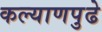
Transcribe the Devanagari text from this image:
कल्याणपुढे